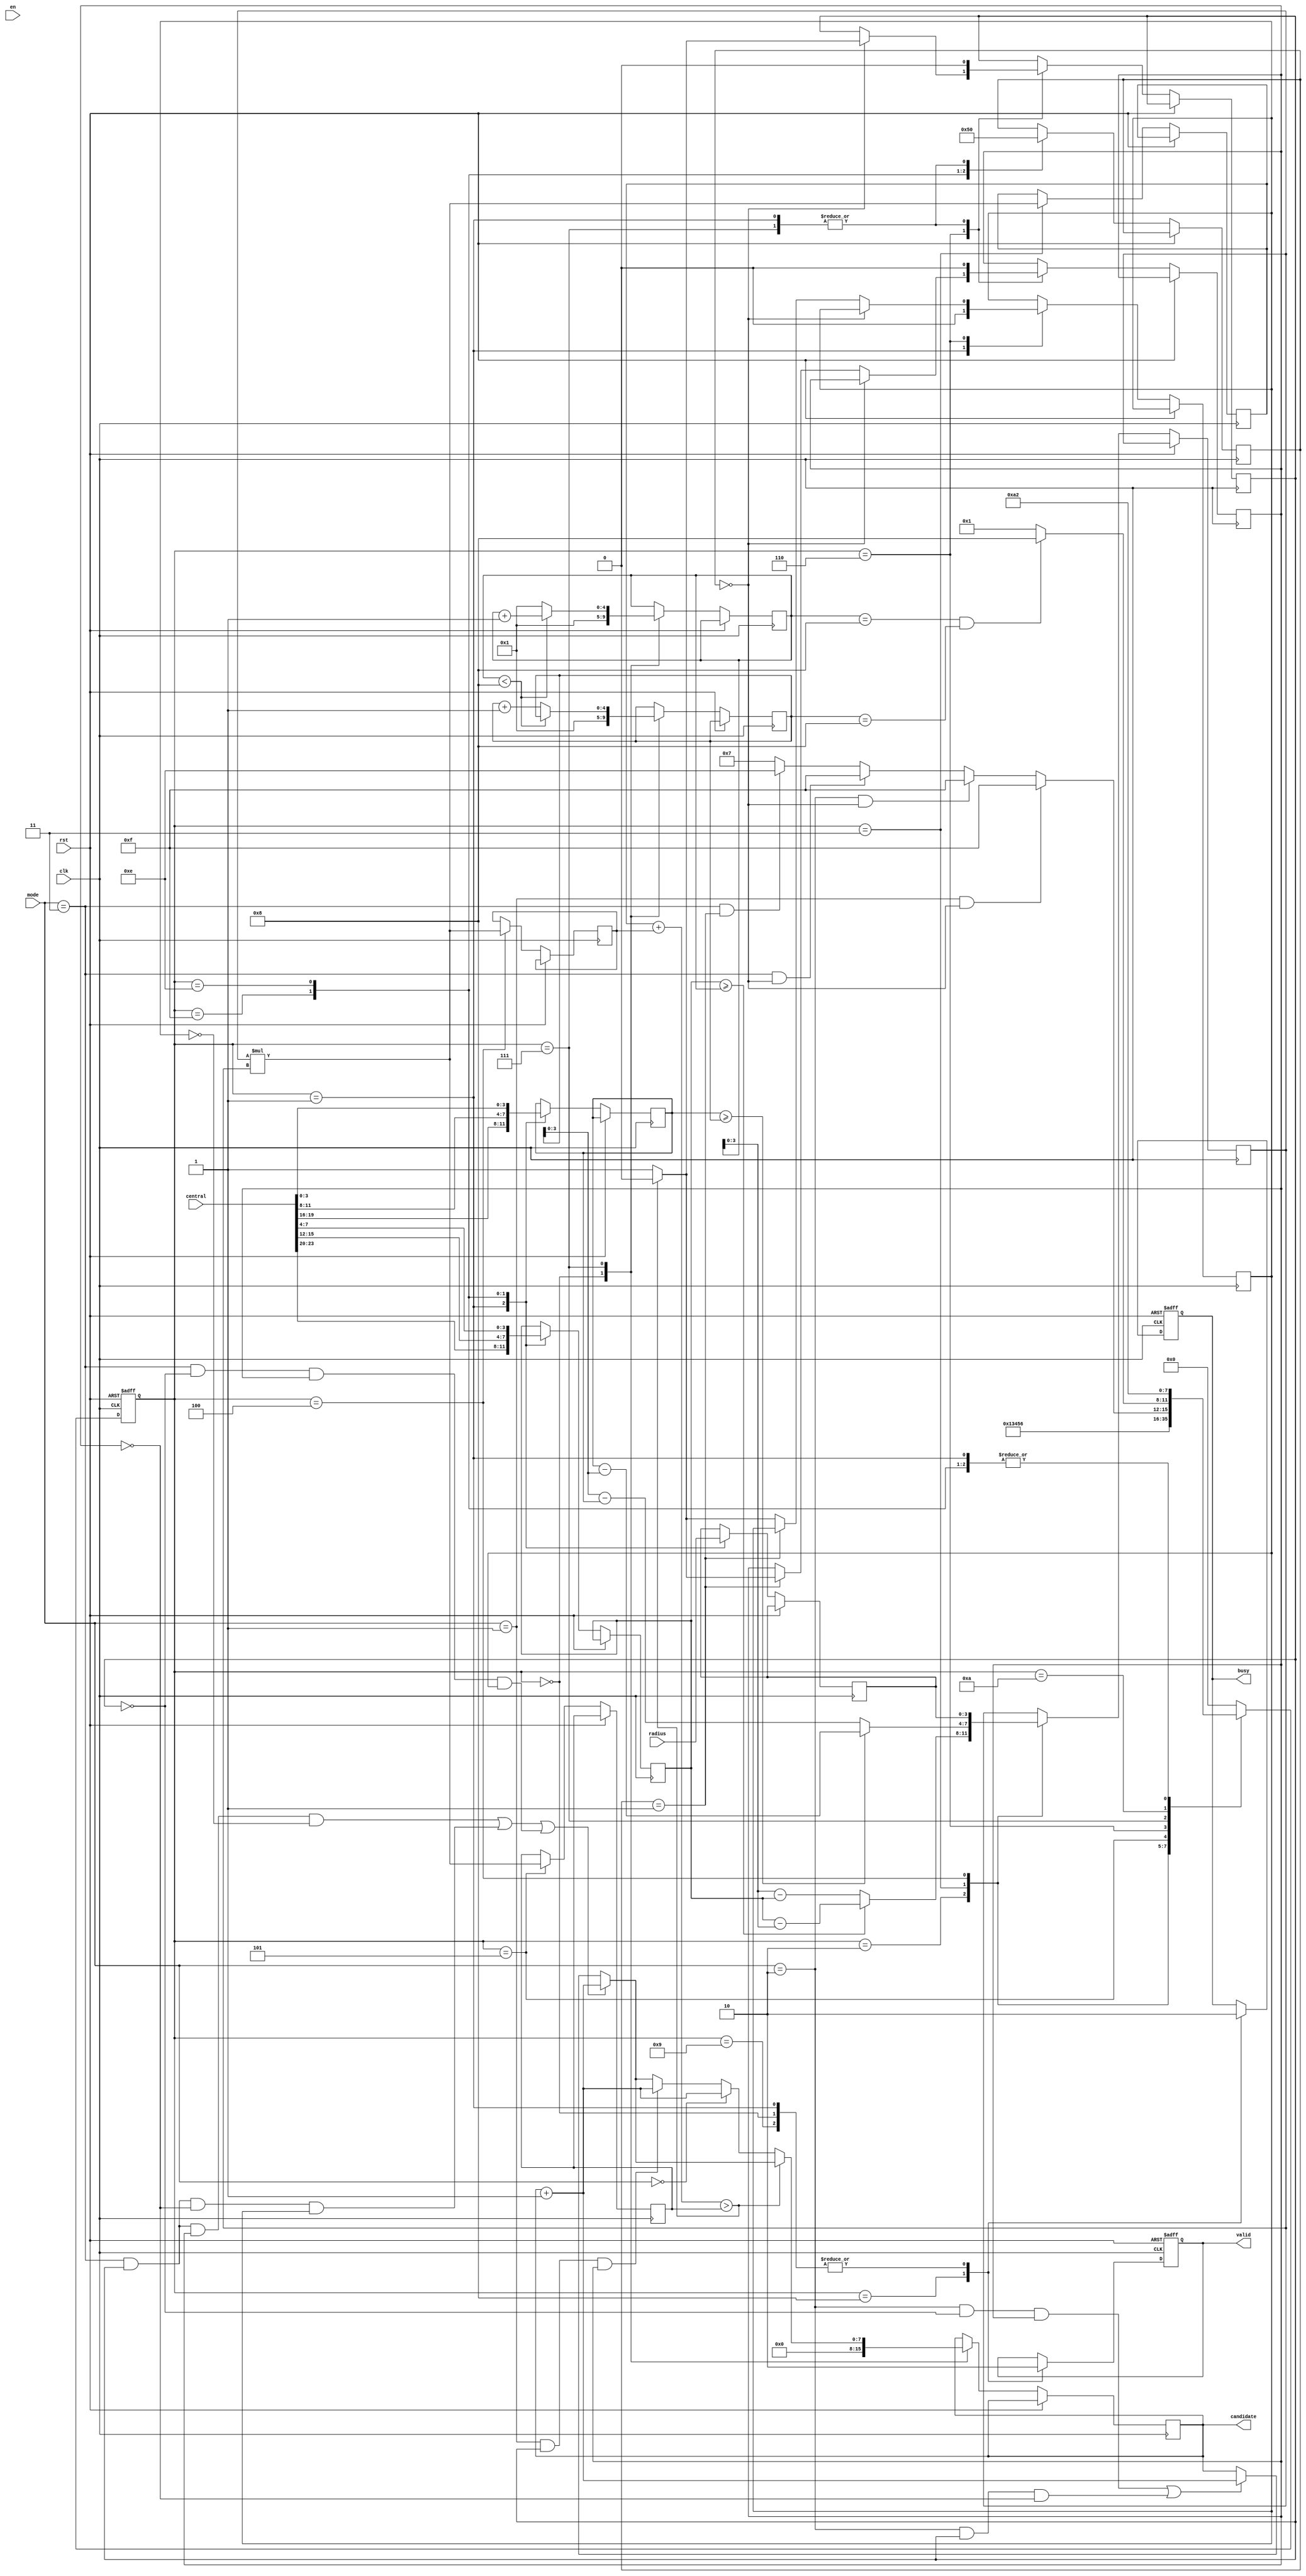
module SET ( clk , rst, en, central, radius, mode, busy, valid, candidate );

input clk, rst;
input en;
input [23:0] central;
input [11:0] radius;
input [1:0] mode;
output reg busy;
output reg valid;
output reg [7:0] candidate;

reg [3:0] curt_state;
reg [3:0] next_state;

reg [3:0] Px,Py;
reg [3:0] R;

reg [4:0] pos_x;
reg [4:0] pos_y;



reg [7:0] Da,Db,Dr;
reg [2:0] Circle;
// 0 = A, 1 = B, 2 = C
reg In, In_a, In_b, In_c;
always @(*) 
begin
    if( Da + Db > Dr )
        In = 0;
    else
        In = 1;
end

//C Circuit
always @( * ) // State Control ( next state condition )
begin 
    
    case ( curt_state )
        0 :
        begin
            next_state = 1;
        end  
        1 :
        begin
            next_state = 2;
        end
        2 :begin
            next_state = 3;                          
        end
        3 :begin
            next_state = 4;
        end
        4 :begin
            next_state = 5;
        end
        5 :begin
            next_state = 6;
        end
        6 :begin
            if( mode == 1 && Circle == 0 )
                next_state = 15;
            else if( mode == 2 && Circle == 0 )
                next_state = 15;
            else if( mode == 3 && Circle == 0 )
                next_state = 15;
            else if( mode == 3 && Circle == 1 )
                next_state = 14;
            else
                next_state = 7;                
        end
        7 :begin
            if( pos_x == 8 && pos_y == 8 )
                next_state = 8;
            else
                next_state = 1;
        end
        8 :begin
            next_state = 0;
        end
        //Circle A 
        9 :begin
            next_state = 2;
        end
        10 :begin
            next_state = 10;                
        end
        //Circle B 
        15 :begin
            next_state = 2;
        end
        //Circle C 
        14 :begin
            next_state = 2;
        end
        default: 
            next_state = 0;
    endcase
    
end


wire [7:0] product;
reg [3:0] multiplier;
assign product = multiplier * multiplier;



//S Circuit
always @( posedge clk or posedge rst) begin
    if( rst )
    begin
        busy <= 0;
        valid <= 0;
        // candidate <= 0;
        // pos_x <= 0;
        // pos_y <= 0;
        // Da <= 0;
        // Db <= 0;
        // Dr <= 0;
        // Circle <= 0;
        // multiplier <= 0;
        // In_a <= 0;
        // In_b <= 0;
        // In_c <= 0;
        // Px <= 0;
        // Py <= 0;
        // R <= 0;
        curt_state <= 0;
    end
    else
    begin
        curt_state <= next_state;
        case ( curt_state )
            0 : begin   
                valid <= 0;
                busy <= 0;          
                pos_x <= 1;
                pos_y <= 1; 
                candidate <= 0;  
            end
            //
            1 :
            begin   
                valid <= 0;
                busy <= 0;
                //Circle A 
                Circle <= 0;            
                Px <= central[23:20];
                Py <= central[19:16];
                R  <= radius[11:8];
                In_a <= 0;
                In_b <= 0;
                In_c <= 0;
            end
            //Circle B   
            15 :
            begin  
                //Circle B
                Circle <= 1;       
                Px <= central[15:12];
                Py <= central[11:8];
                R  <= radius[7:4];                 
            end
            //Circle C  
            14 :
            begin  
                //Circle C
                Circle <= 2;       
                Px <= central[7:4];
                Py <= central[3:0];
                R  <= radius[3:0];                  
            end
            //
            2 :
            begin     
                if( Px >= pos_x )   
                    multiplier <= Px - pos_x;
                else
                    multiplier <= pos_x - Px; 
            end
            //            
            3 :
            begin  
                Da <= product;
                if( Py >= pos_y )   
                    multiplier <= Py - pos_y;
                else
                    multiplier <= pos_y - Py;
            end  
            //          
            4 :
            begin  
                Db <= product;
                multiplier <= R;          
            end                            
            5 :
            begin
                Dr <= product; 
            end           
            6 :
            begin
                if( Circle == 0 )
                //Circle A  In
                begin                    
                    In_a <= In; 
                end  
                else if( Circle == 1 )                               
                //Circle B  In
                begin
                    In_b <= In; 
                end
                else                               
                //Circle C  In
                begin
                    In_c <= In; 
                end                   
            end
            //
            7 :
            begin
                if( ( mode == 2 && In_a == 0 && In_b == 1) || ( mode == 2 && In_a == 1 && In_b == 0) )
                begin
                    candidate <= candidate + 1;
                end
                if( ( mode == 3 && In_a == 1 && In_b == 1 && In_c == 0) || ( mode == 3 && In_a == 1 && In_b == 0 && In_c == 1) || ( mode == 3 && In_a == 0 && In_b == 1 && In_c == 1) )
                begin
                    candidate <= candidate + 1;
                end
                //mode 0 || mode 1
                if( In )
                begin
                    if( mode == 1 && In_a == 1 && In_b == 1 )
                    begin
                        candidate <= candidate + 1;
                    end
                    
                    if( mode == 0 )
                        candidate <= candidate + 1;
                end             
                if( pos_x < 8 )
                begin                    
                    pos_x <= pos_x + 1;
                end
                else
                begin
                    pos_x <= 1;
                    pos_y <= pos_y + 1;
                end  
                In_a <= 0;
                In_b <= 0;  
                Circle <= 0;          
            end
            8 :
            begin
                valid <= 1;
                busy <= 1;
            end
            9 :
            begin
                valid <= 0;
                busy <= 0;
            end
            // 10 :
            // begin
                
            // end
            // default: 
            // begin
                
            // end
        endcase

    end
end

endmodule